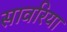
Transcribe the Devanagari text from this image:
सावरिया